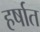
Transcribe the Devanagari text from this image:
हर्षात